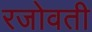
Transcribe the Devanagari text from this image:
रजोवती